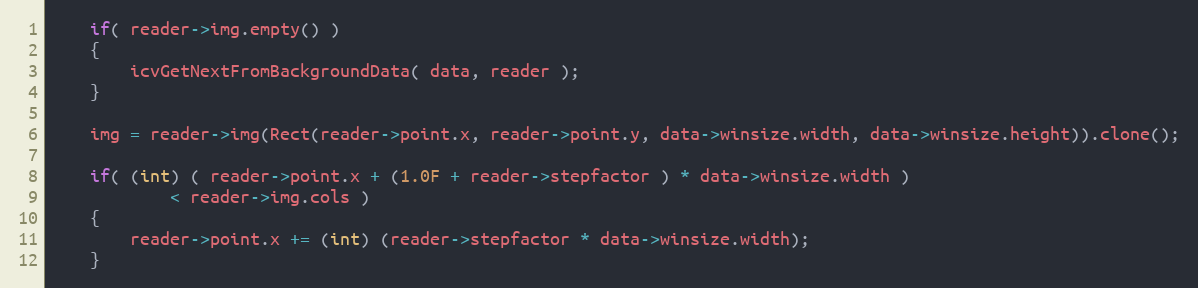
Language: C++
    if( reader->img.empty() )
    {
        icvGetNextFromBackgroundData( data, reader );
    }

    img = reader->img(Rect(reader->point.x, reader->point.y, data->winsize.width, data->winsize.height)).clone();

    if( (int) ( reader->point.x + (1.0F + reader->stepfactor ) * data->winsize.width )
            < reader->img.cols )
    {
        reader->point.x += (int) (reader->stepfactor * data->winsize.width);
    }